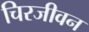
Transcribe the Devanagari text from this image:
चिरजीवन